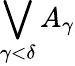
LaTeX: \bigvee_{\gamma<\delta}{A_{\gamma}}